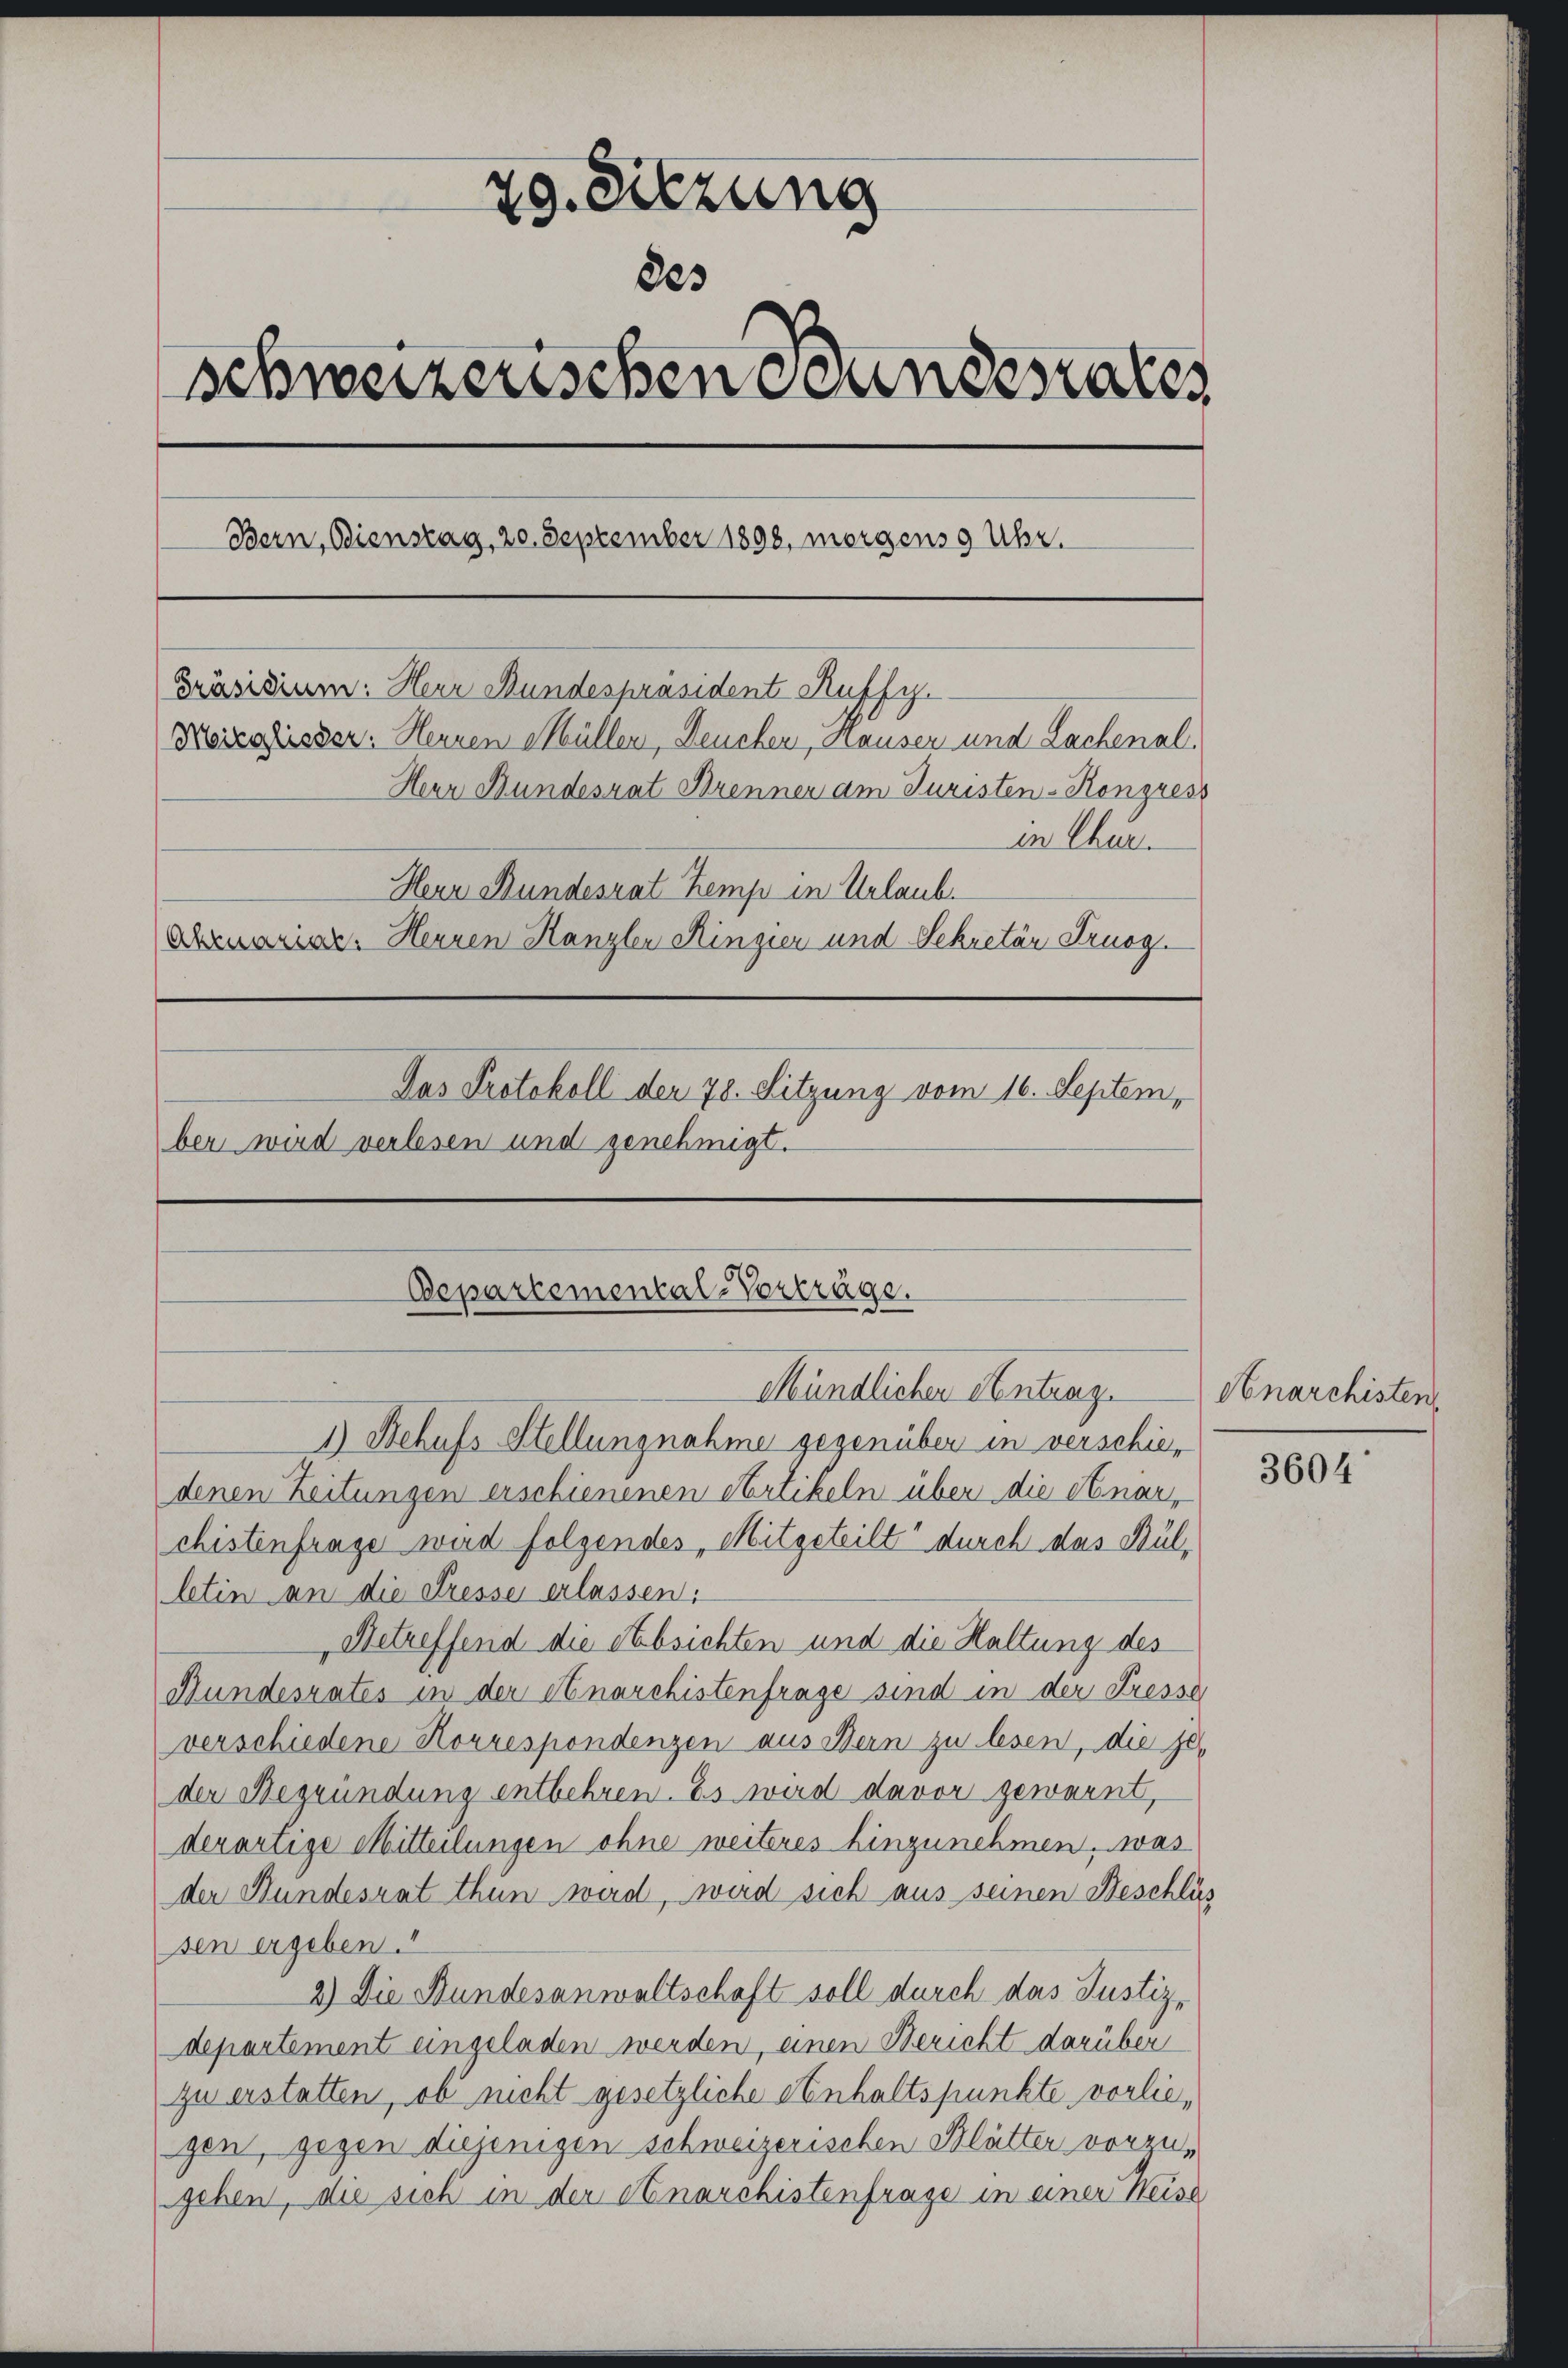
29. Sitzung
223
schweizerischen Bandesrates
Bern, Dienstag, 20. September 1898, morgens 9 Uhr.
Präsidium: Herr Bundespräsident Ruffy.
Meizglisser. Hennen Müllen, Deuchen, Hauser und Lachenal¬
Herr Bundesrat Brenner am Juristen-Kongress
in Chur
Herr Bundesrat Kemp in Urlaub.
Abemrin. Herren Kanzler Ringier und Sekretär Truog.
Das Protokoll der 78. Sitzung vom 16. September wird verlesen und genehmigt.

Departemental-Vorträge.
Mündlichen Antrag.

1) Behufs Stellungnahme gegenüber in verschiedenen Zeitungen erschienenen Artikeln über die Anar,
chistenfrage wird folgendes Mitgeteilt durch das Bülletin an die Fresse erlassen.
Betreffend die Absichten und die Haltung des
Bundesrates in der Anarchistenfrage sind in der Fresse
verschiedene Korrespondenzen aus Bern zu lesen, die je
der Begründung entbehren. Es wird davor gewarnt,
derartige Mitteilungen ohne weiteres hinzunehmen, was
der Bundesrat thun wird, wird sich aus seinen Beschläs
sen ergeben.
2.) Die Bundesanwaltschaft soll durch das Justiz-
departement eingeladen werden, einen Bericht darüber
zu erstatten, ob nicht gesetzliche einhaltspunkte vorliegen, gegen diejenigen schweizerischen Blätter vorzugehen, die sich in der Anarchistenfrage in einer Weise

Anarchisten

3604